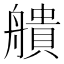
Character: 𦪒